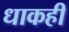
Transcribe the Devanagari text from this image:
धाकही